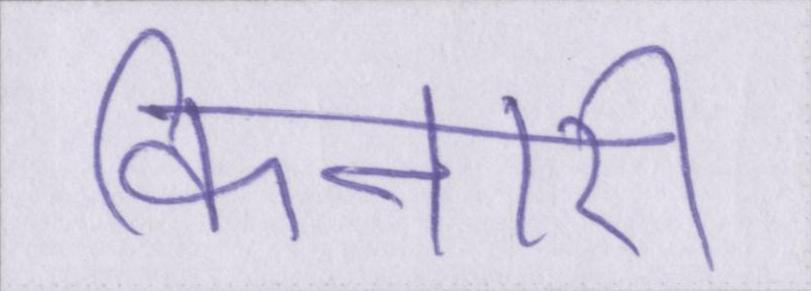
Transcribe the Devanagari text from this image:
किनारी